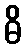
ဓိ